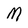
Character: M